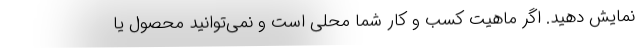
نمایش دهید. اگر ماهیت کسب و کار شما محلی است و نمی‌توانید محصول یا